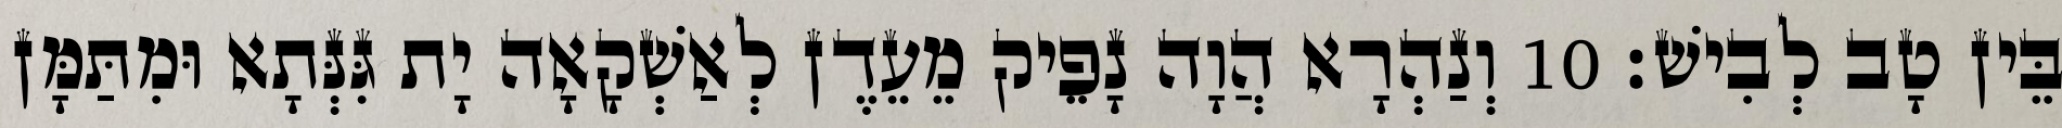
בֵּין טָב לְבִישׁ׃ 10 וְנַהְרָא הֲוָה נָפֵיק מֵעֵדֶן לְאַשְׁקָאָה יָת גִּנְּתָא וּמִתַּמָּן